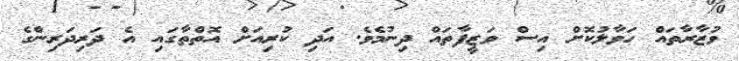
ވުޒާރާތައް ހަވާލުކޮށް އިސް ވަޒީފާތައް ދިނުމެވެ. އަދި ކުރިއަށް އޮތްތާގައި އެ ދަރިދަރިންގެ